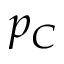
p _ { C }